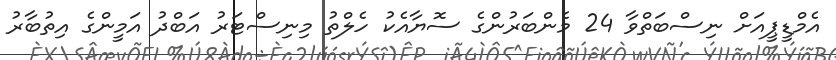
އެމްޑީޕީއަށް ނިސްބަތްވާ 24 މެންބަރުންގެ ސޮޔާއެކު ހެލްތު މިނިސްޓަރު އަބްދު އަމީންގެ އިތުބާރު